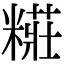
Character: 糚